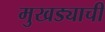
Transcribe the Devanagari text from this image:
मुखड्याची